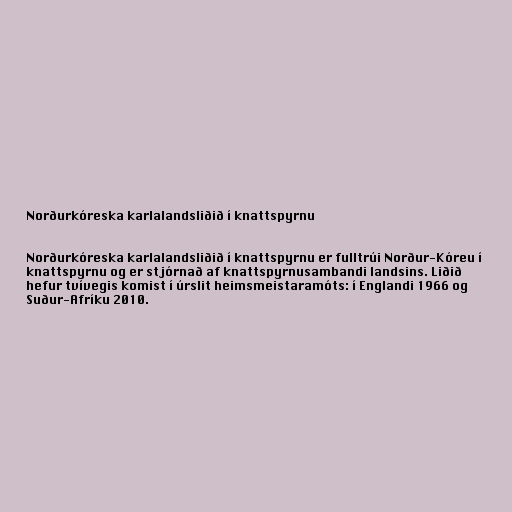
Norðurkóreska karlalandsliðið í knattspyrnu

Norðurkóreska karlalandsliðið í knattspyrnu er fulltrúi Norður-Kóreu í
knattspyrnu og er stjórnað af knattspyrnusambandi landsins. Liðið
hefur tvívegis komist í úrslit heimsmeistaramóts: í Englandi 1966 og
Suður-Afríku 2010.